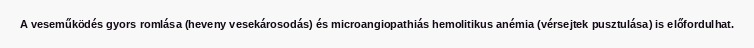
A veseműködés gyors romlása (heveny vesekárosodás) és microangiopathiás hemolitikus anémia (vérsejtek pusztulása) is előfordulhat.